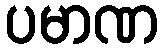
ပမာဏ